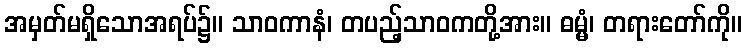
အမှတ်မရှိသောအရပ်၌။ သာဝကာနံ၊ တပည့်သာဝကတို့အား။ ဓမ္မံ၊ တရားတော်ကို။